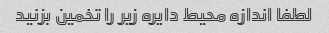
لطفا اندازه محیط دایره زیر را تخمین بزنید